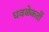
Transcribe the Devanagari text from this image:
धवळेकर्ती